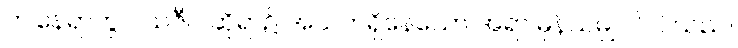
ဤနေရာတွင် သဇီဝ ဆိုရာ၌ အသက်ရှိနေသော အရာ မှန်သမျှ ပါဝင်သည်။